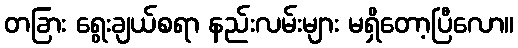
တခြား ရွေးချယ်စရာ နည်းလမ်းများ မရှိတော့ပြီလော။